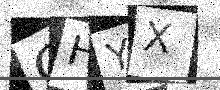
Text: OHYX